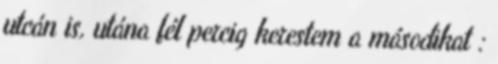
utcán is, utána fél percig kerestem a másodikat :